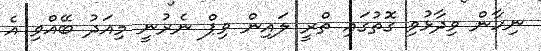
ނިހާން ވިދާޅުވި ގޮތުގައި ތްރީ ލައިން ވިޕް ނެރުނީ މިއަދު ބޭއްވި އެ